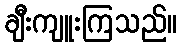
ချီးကျူးကြသည်။